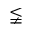
\lneqq